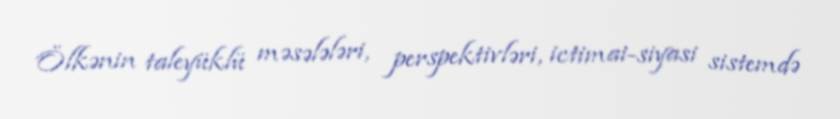
Ölkənin taleyüklü məsələləri, perspektivləri, ictimai-siyasi sistemdə